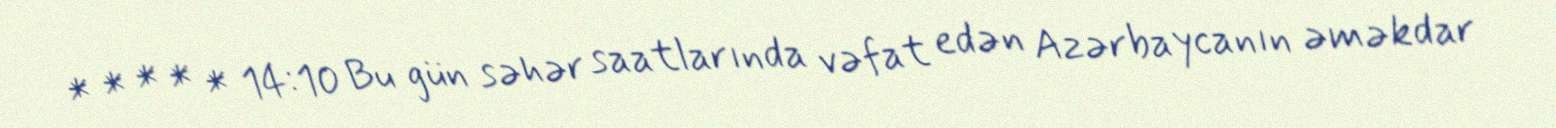
* * * * * 14:10 Bu gün səhər saatlarında vəfat edən Azərbaycanın əməkdar